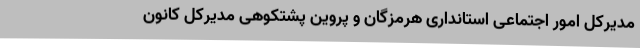
مدیرکل امور اجتماعی استانداری هرمزگان و پروین پشتکوهی مدیرکل کانون